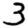
Digit: 3